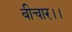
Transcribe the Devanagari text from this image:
बीचार।।